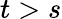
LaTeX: t>s